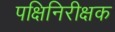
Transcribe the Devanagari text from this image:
पक्षिनिरीक्षक